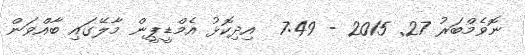
ނޮވެމްބަރު 27